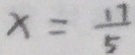
x = \frac { 1 7 } { 5 }